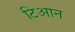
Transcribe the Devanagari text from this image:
टिआन